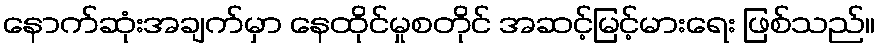
နောက်ဆုံးအချက်မှာ နေထိုင်မှုစတိုင် အဆင့်မြင့်မားရေး ဖြစ်သည်။